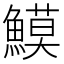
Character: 𩻁